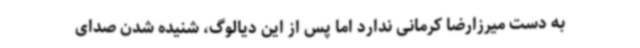
به دست میرزارضا کرمانی ندارد اما پس از این دیالوگ، شنیده شدن صدای